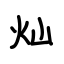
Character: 灿